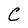
Character: C